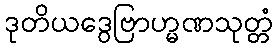
ဒုတိယဒွေဗြာဟ္မဏသုတ္တံ